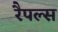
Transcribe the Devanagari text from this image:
रैपल्स